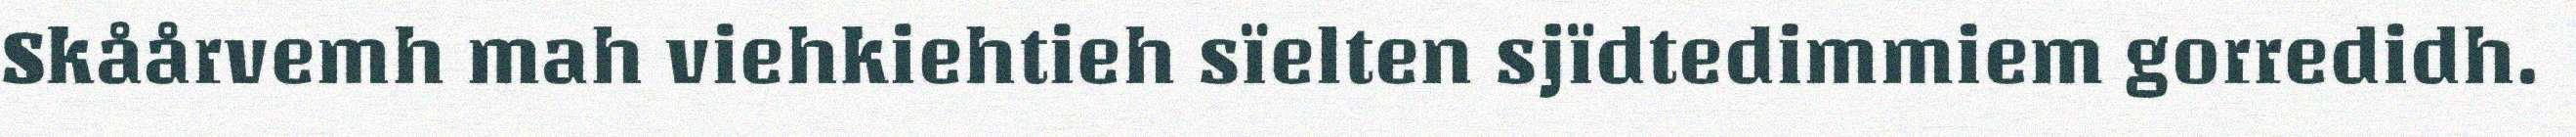
Skåårvemh mah viehkiehtieh sïelten sjïdtedimmiem gorredidh.